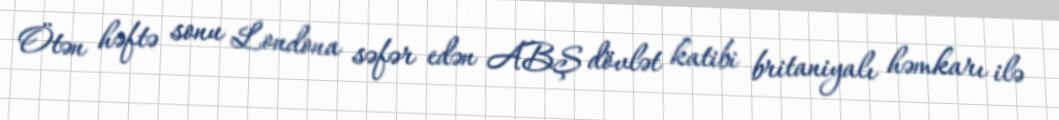
Ötən həftə sonu Londona səfər edən ABŞ dövlət katibi britaniyalı həmkarı ilə